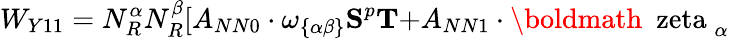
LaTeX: W_{Y11}=N_{R}^{\alpha}N_{R}^{\beta}[A_{NN0}\cdot\omega_{\{ \alpha\beta\} }{\mathbf S}^{p}{\mathbf T+}A_{NN1}\cdot\mathrm{\boldmath~\ zeta~}_{\alpha}